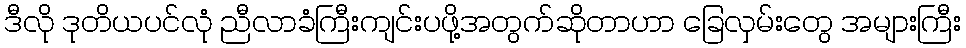
ဒီလို ဒုတိယပင်လုံ ညီလာခံကြီးကျင်းပဖို့အတွက်ဆိုတာဟာ ခြေလှမ်းတွေ အများကြီး